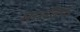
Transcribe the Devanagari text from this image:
मारबिफ